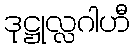
ဒုဋ္ဌုလ္လဂါဟီ